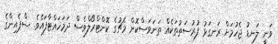
ވަނީ ލަނޑު ޖެހުމަށް ރަނގަޅު ފުރުސަތުތަކެއް ތަނަވަސްކޮށް މެޗުގެ ކޮންޓްރޯލްވެސް ދަމަހައްޓާފައެވެ. ސްޕެއިންގެ